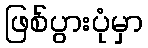
ဖြစ်ပွားပုံမှာ